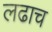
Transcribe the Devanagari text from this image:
लढाच